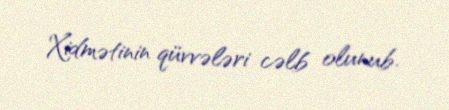
Xidmətinin qüvvələri cəlb olunub.